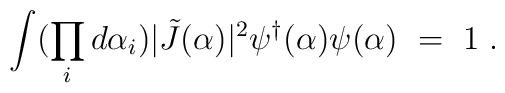
\int (\prod_i d\alpha_i) \vert \tilde J(\alpha)\vert^2\psi^{\dagger}(\alpha)\psi(\alpha)~=~1 \; .